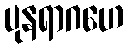
ပုနရာဂဟေ